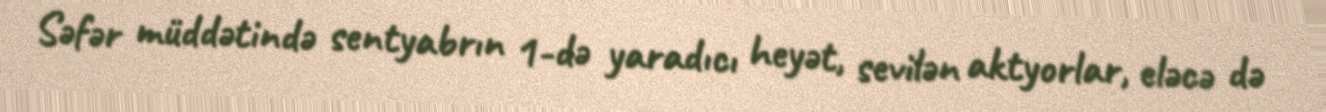
Səfər müddətində sentyabrın 1-də yaradıcı heyət, sevilən aktyorlar, eləcə də